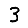
Digit: 3